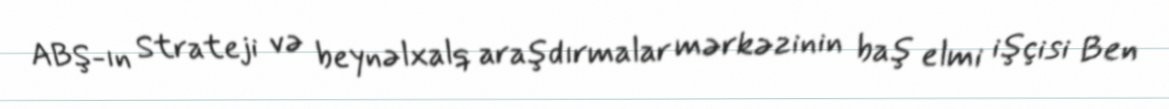
ABŞ-ın Strateji və beynəlxalq araşdırmalar mərkəzinin baş elmi işçisi Ben